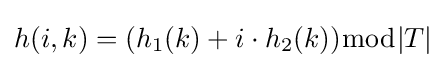
h(i,k)=(h_{1}(k)+i\cdot h_{2}(k)){\bmod {|}}T|